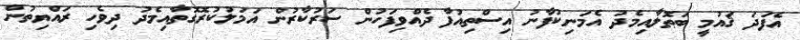
އެފަދަ ޤައުމީީ ބަޠޮލާއިމެދު އެމަނިކުފާނު އިސްތިއުފާ ދެއްވިފަހުން ސަރުކާރުން އަމަލުކުރޮގޮތާއިމެދު ދިވެހި ރައްޔިތުން